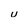
Character: u